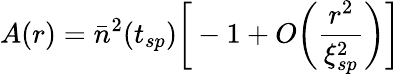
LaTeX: A(r)={\bar{n}}^{2}(t_{sp})\bigg[-1+O\bigg(\frac{r^{2}}{\xi_{sp}^{2}}\bigg)\bigg]